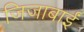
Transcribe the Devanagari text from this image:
जिजाबाईं